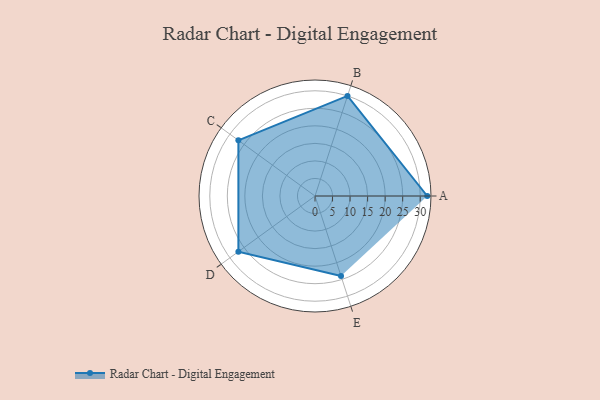
{"axis": {"x": "Skill", "y": "Score"}, "legend": ["Profile"], "data": [{"x": "A", "y": 32.0, "type": "Profile"}, {"x": "B", "y": 30.0, "type": "Profile"}, {"x": "C", "y": 27.0, "type": "Profile"}, {"x": "D", "y": 27.0, "type": "Profile"}, {"x": "E", "y": 24.0, "type": "Profile"}]}